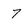
Character: 7